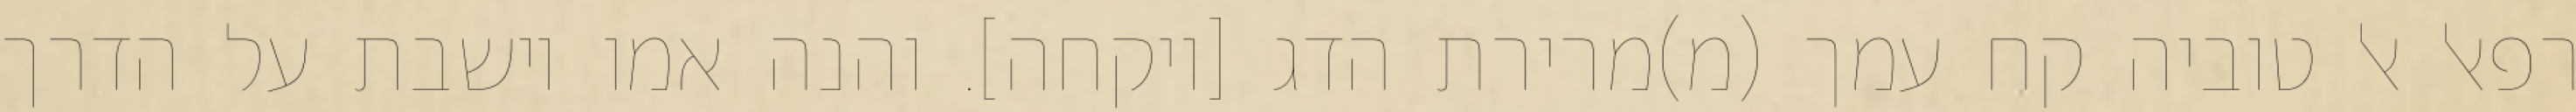
רפאל אל טוביה קח עמך (מ)מרירת הדג [ויקחה]. והנה אמו יושבת על הדרך